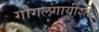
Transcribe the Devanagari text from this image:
गोगलगायींशी